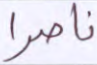
ناصرا